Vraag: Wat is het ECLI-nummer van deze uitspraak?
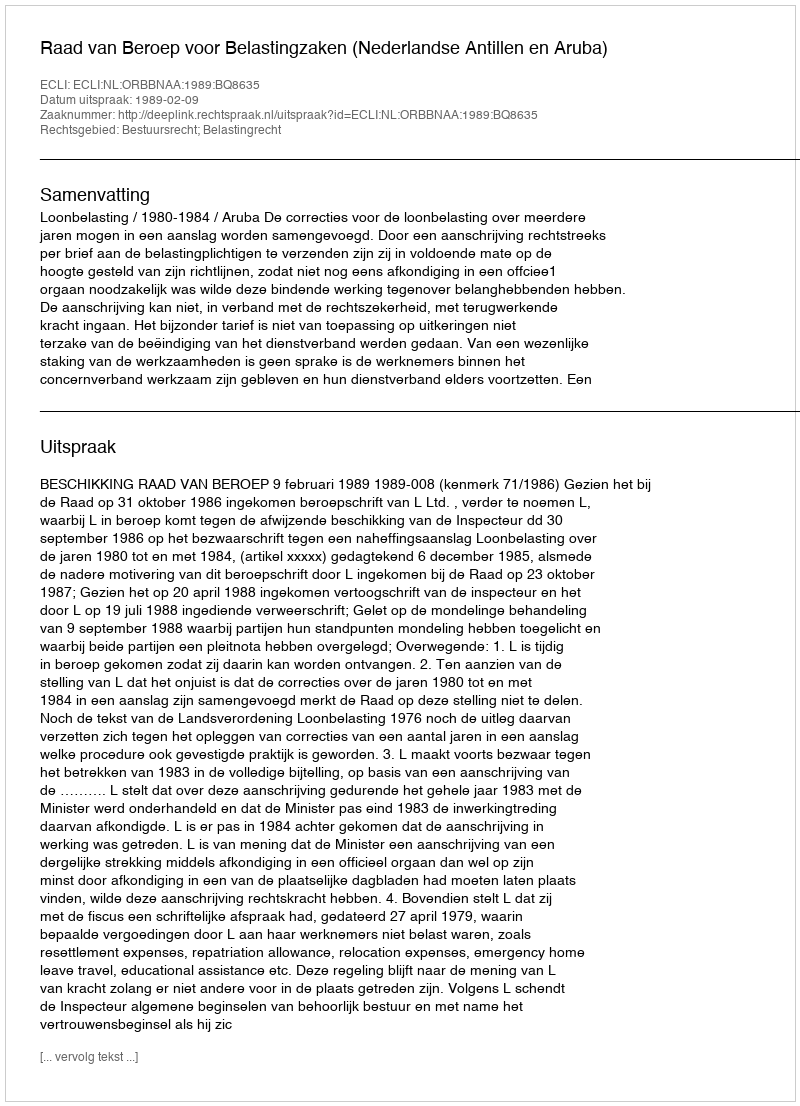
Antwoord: ECLI:NL:ORBBNAA:1989:BQ8635